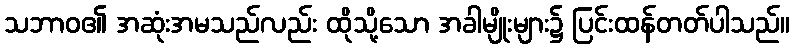
သဘာဝ၏ အဆုံးအမသည်လည်း ထိုသို့သော အခါမျိုးများ၌ ပြင်းထန်တတ်ပါသည်။